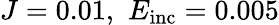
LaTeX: J=0.01,\, \, E_{\mathrm{inc}}=0.005